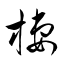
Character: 棲